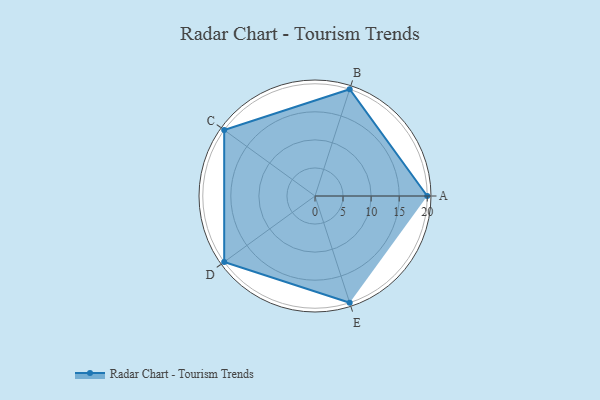
{"axis": {"x": "Skill", "y": "Score"}, "legend": ["Profile"], "data": [{"x": "A", "y": 20, "type": "Profile"}, {"x": "B", "y": 20, "type": "Profile"}, {"x": "C", "y": 20, "type": "Profile"}, {"x": "D", "y": 20, "type": "Profile"}, {"x": "E", "y": 20, "type": "Profile"}]}